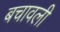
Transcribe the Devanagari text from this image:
बचावली